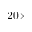
2 0 \times